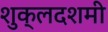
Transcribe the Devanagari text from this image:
शुक्लदशमी